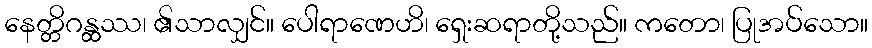
နေတ္တိဂန္ထဿ၊ ၏သာလျှင်။ ပေါရာဏေဟိ၊ ရှေးဆရာတို့သည်။ ကတော၊ ပြုအပ်သော။